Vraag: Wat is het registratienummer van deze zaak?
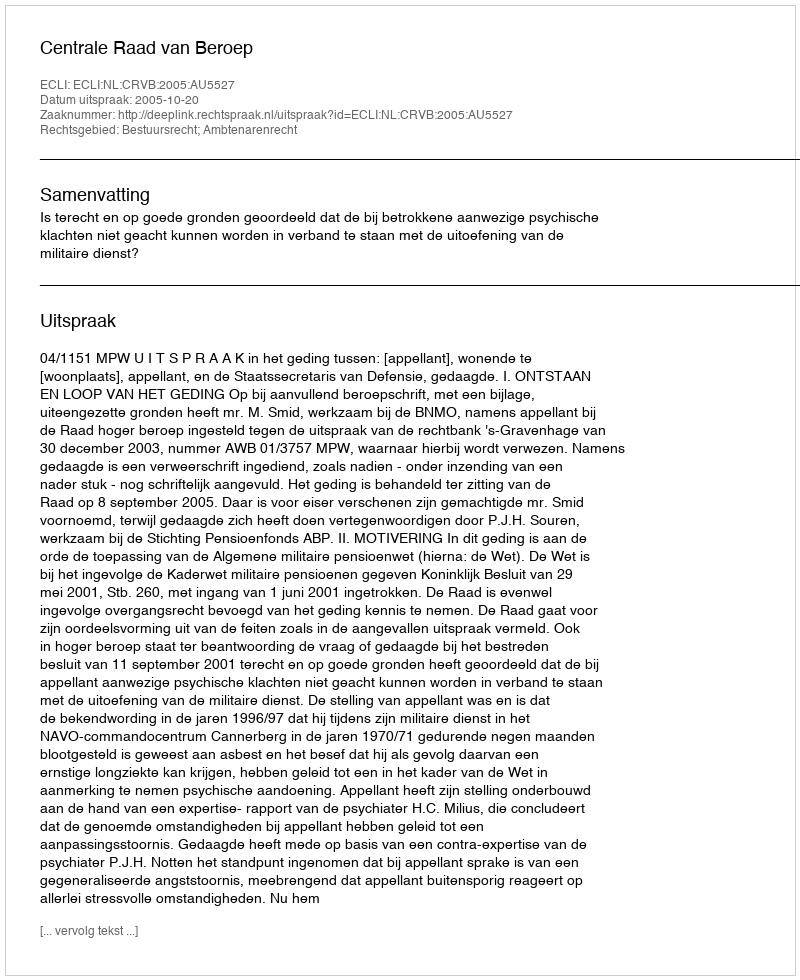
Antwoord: http://deeplink.rechtspraak.nl/uitspraak?id=ECLI:NL:CRVB:2005:AU5527